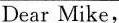
Dear Mike,